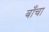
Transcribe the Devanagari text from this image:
बाँचा